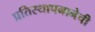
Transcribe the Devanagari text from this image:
प्रतिस्थापनानेची